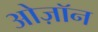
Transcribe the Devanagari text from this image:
ओज़ॉन